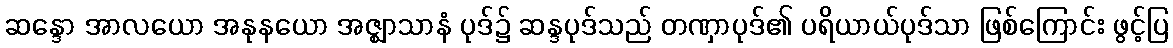
ဆန္ဒော အာလယော အနုနယော အဇ္ဈာသာနံ ပုဒ်၌ ဆန္ဒပုဒ်သည် တဏှာပုဒ်၏ ပရိယာယ်ပုဒ်သာ ဖြစ်ကြောင်း ဖွင့်ပြ